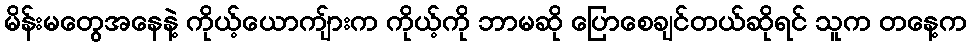
မိန်းမတွေအနေနဲ့ ကိုယ့်ယောကျ်ားက ကိုယ့်ကို ဘာမဆို ပြောစေချင်တယ်ဆိုရင် သူက တနေ့က